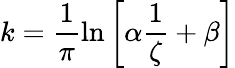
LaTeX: k=\frac{1}{\pi}\ln{\left[\alpha\frac{1}{\zeta}+\beta\right]}